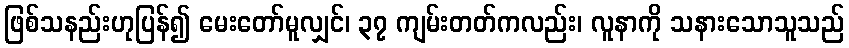
ဖြစ်သနည်းဟုပြန်၍ မေးတော်မူလျှင်၊ ၃၇ ကျမ်းတတ်ကလည်း၊ လူနာကို သနားသောသူသည်